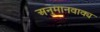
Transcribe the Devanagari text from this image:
अनुमानवाक्य